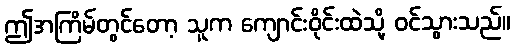
ဤအကြိမ်တွင်တော့ သူက ကျောင်းဝိုင်းထဲသို့ ဝင်သွားသည်။